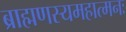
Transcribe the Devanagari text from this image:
ब्राह्मणस्यमहात्मनः